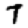
Digit: 7